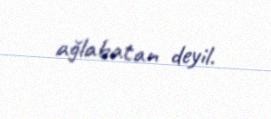
ağlabatan deyil.